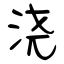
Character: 浇